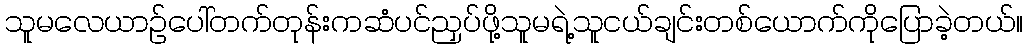
သူမလေယာဉ်ပေါ်တက်တုန်းကဆံပင်ညှပ်ဖို့သူမရဲ့သူငယ်ချင်းတစ်ယောက်ကိုပြောခဲ့တယ်။